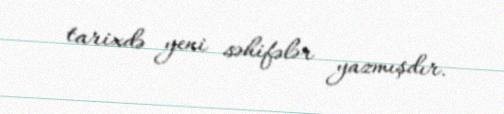
tarixdə yeni səhifələr yazmışdır.